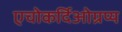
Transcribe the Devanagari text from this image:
एचोकर्दिओग्रप्य